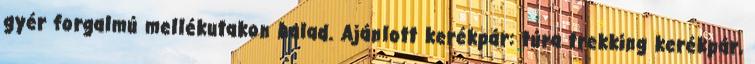
gyér forgalmú mellékutakon halad. Ajánlott kerékpár: túra trekking kerékpár,